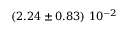
\left( 2 . 2 4 \pm 0 . 8 3 \right) \, 1 0 ^ { - 2 }